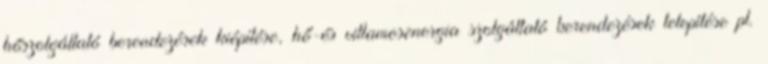
hőszolgáltató berendezések kiépítése, hő-és villamosenergia szolgáltató berendezések telepítése pl.